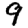
Digit: 9